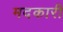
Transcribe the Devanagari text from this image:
मदकारी